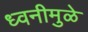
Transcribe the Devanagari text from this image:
ध्वनीमुळे